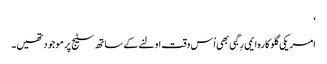
‘
امریکی گلوکارہ ایمی رِگبی بھی اُس وقت اولنے کے ساتھ سٹیج پر موجود تھیں۔